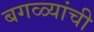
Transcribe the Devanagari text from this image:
बगळ्यांची